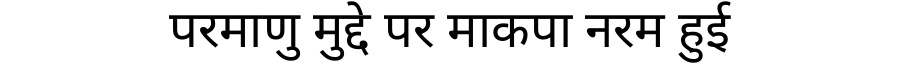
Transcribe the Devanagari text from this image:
परमाणु मुद्दे पर माकपा नरम हुई